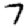
Digit: 7